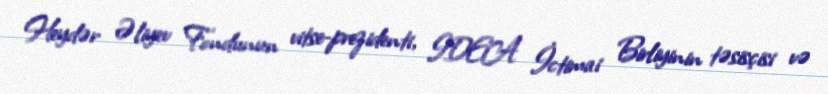
Heydər Əliyev Fondunun vitse-prezidenti, IDEA İctimai Birliyinin təsisçisi və